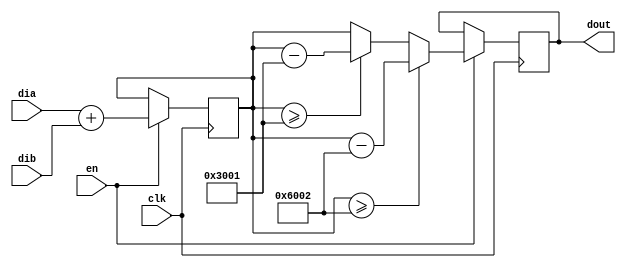
`timescale 1ns / 1ps
//////////////////////////////////////////////////////////////////////////////////
// Company: 
// Engineer: 
// 
// Design Name: 
// Module Name: poly_add_coeff
// Project Name: 
// Target Devices: 
// Tool Versions: 
// Description: 
// 
// Dependencies: 
// 
// Revision:
// Revision 0.01 - File Created
// Additional Comments:
// 
//////////////////////////////////////////////////////////////////////////////////

// combinational module, take one cycle.
module poly_add_coeff(
  // basic control signals
  input clk,
  input en,
  // data signals
  input [15:0] dia,
  input [15:0] dib,
  output reg [15:0] dout
  );
  localparam NEWHOPE_Q = 14'd12289, NEWHOPE_2Q = 15'd24578;
  reg [15:0] sum;
  
  always @(posedge clk) begin
    if (en) begin
        sum <= dia + dib;
        
        dout <= (sum >= NEWHOPE_2Q) ? sum - NEWHOPE_2Q :
                    (sum >= NEWHOPE_Q) ? sum - NEWHOPE_Q : sum;
    end
  end

endmodule